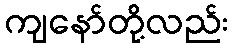
ကျနော်တို့လည်း